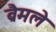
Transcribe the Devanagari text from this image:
ब्रैमले